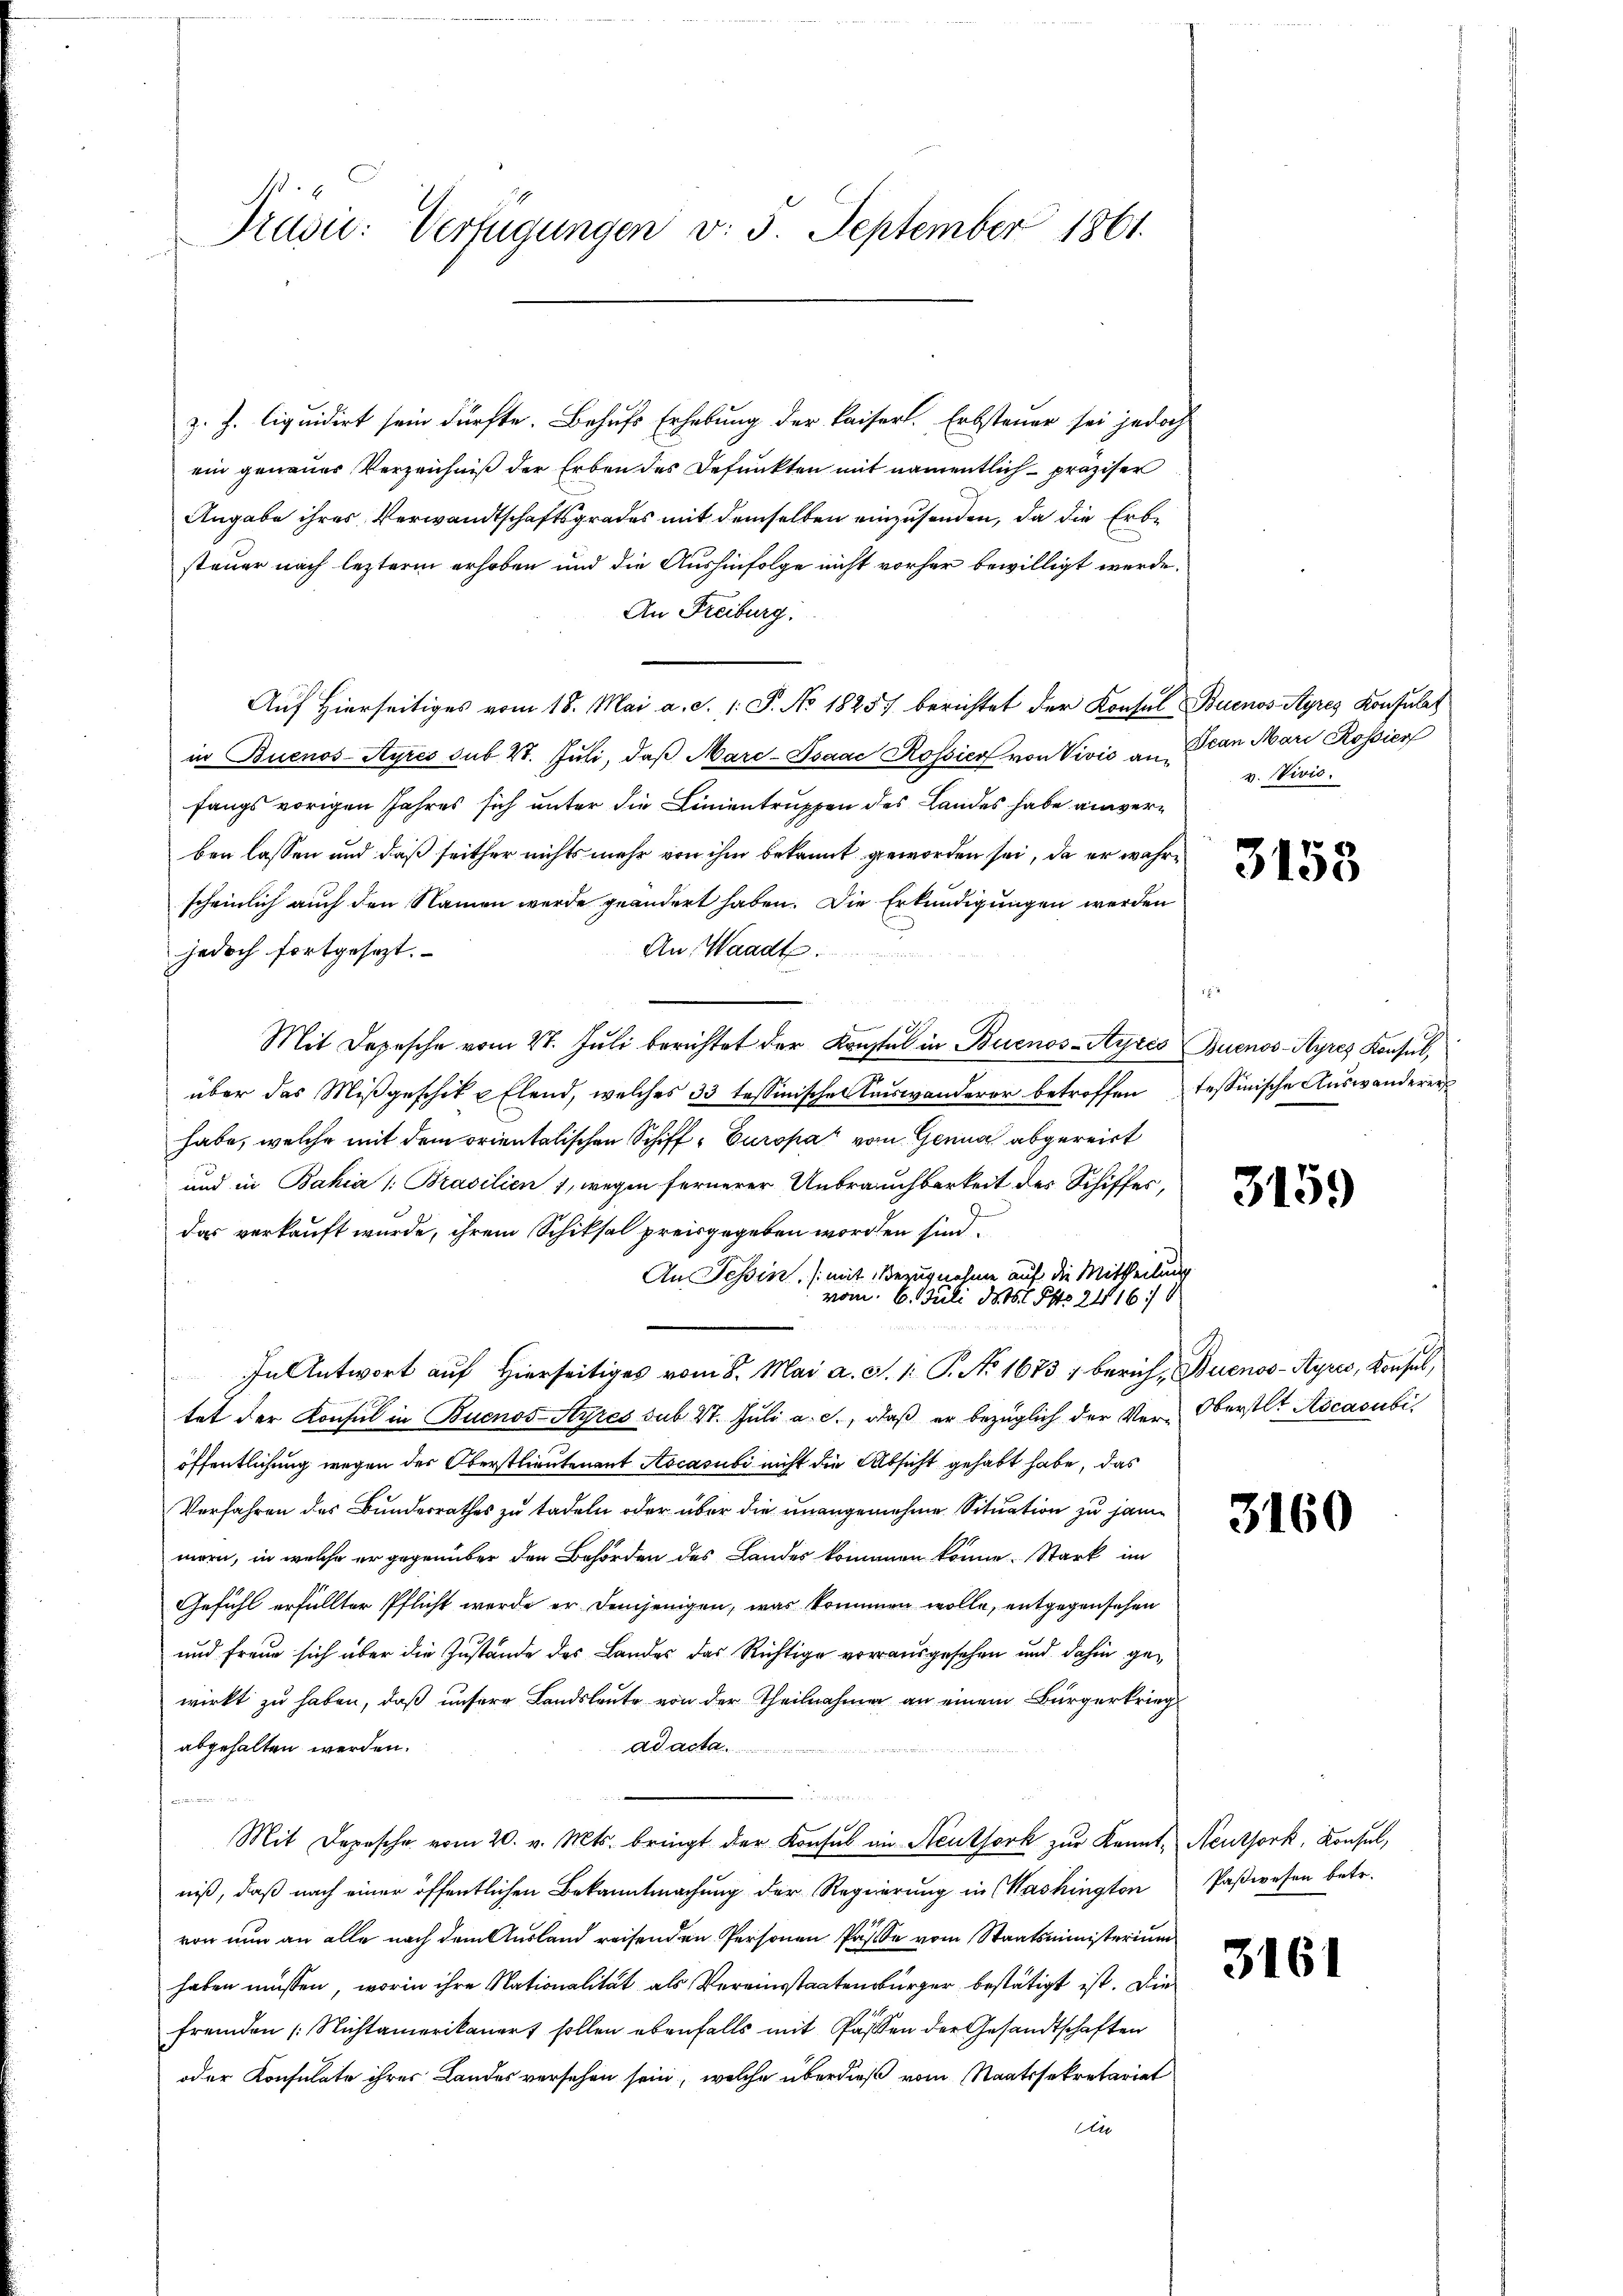
Prüsic: Verfügungen v. 3. September 1861.

z. h. liquidirt sein dürfte. Behufs Erhebung der kaiserl. Erbsteuer sei jedoch
ein genaues Verzeichniß der Erben des Befunkten mit namentlich präziser
Angabe ihres Verwandtschaftsgrades mit demselben einzusenden, da die Erbe
steuer nach lezterm erhoben und die Aushinfolge nicht vorher bewilligt werde.
An Freiburg.
Auf Hierseitiges vom 18. Mai a. d. 1. P. No 18257 berichtet der Konsul Buenos-Ayres Konsulat
in Buenos-Ayres sub. 4. Juli, daβ Mare-Isaac Rossier von Vivić an Bran Mari Rossier
fangs vorigen Jahres sich unter die Linientruppen des Landes habe einverben lassen und daß seither nichts mehr von ihm bekannt geworden sei, da er wahre
scheinlich auch den Namen werde geändert haben. Die Erkundigungen werden
An, Waadt
jedoch fortgesezt.
Mit Depesche vom 27. Juli berichtet der Konstal in Buenos-Ayres Buenos-Ayres Konsul,
über das Mißgeschik u Elend, welches 33 tessinischen Kauswanderer betroffen tessinische Auswanderer
habe, welche mit dem orientalischen Schiff- Europa vom Genua abgereist
und in Bahia /: Brasilien 1, wegen fernerer Unbrauchbarkeit des Schiffes,
das verkauft wurde, ihrem Schiksal preisgegeben worden sind,
An Teßin. (mit Bezugnahme auf die Mittheilung
vom 6. Juli 1816. 1 Pkt. 2416
In Antwort auf hierseitiges vom 8. Mai a. S. 1. P. No 1673 / berich, Buenos-Ayres, Konsul,
e
tet der Konsul in Buenos Styres sub 27. Juli a. c., daß er bezüglich der Ver-Oberstl. Acasubis
öffentlichung wegen des Oberstlieutenant Aocasubi nicht die Absicht gehabt habe, das
Verfahren des Bundesrathes zu tadeln oder über die unangenehme Situation zu jane
mern, in welche er gegenüber den Behörden des Landes kommen könne. Stark im
Gefühl erfüllter Pflicht werde er demjenigen, was kommen wolle, entgegensehen
und freue sich über die Zustände des Landes das Richtige vorausgesehen und dahin gewirkt zu haben, daß unsere Landsleute von der Theilnahmen an einem Bürgerkrieg
abgehalten werden.
Ad acta

Mit Depesche vom 20. v. Mts. bringt der Konsul in Stentfork zur Kennt, Neuthork, Konsul,
niß, daß nach einer öffentlichen Bekanntmachung der Regierung in Washington Paßwesen betr.
von nun an alle nach dem Ausland reisenden Personen Pässe vom Staatsministerium
haben müssen, worin ihre Nationalität als Vereinstaatenbürger bestätigt ist. Die
fremden Nichtamerikanert sollen ebenfalls mit Passen der Gesandtschaften
oder Konsulate ihres Landes versehen sein, welche überdieß vom Staatssekretariat
An

v. Vivio.

3153

2

3159

3160

3161